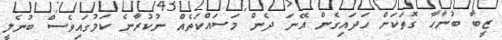
ޒީބާ ބުނާހާ ގޮތަކަށް ހަދައިގެން އޭނަ ދެން މަސައްކަތެއް ނުކުރާނެ ކަމުގައިވެސް ބުނެލީ